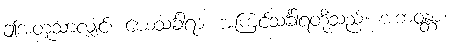
ဤအတူသာလျှင်။ ယေသင်္ခါရာ၊ အကြင်သင်္ခါရတို့သည်။ အဘဝန္တာ၊